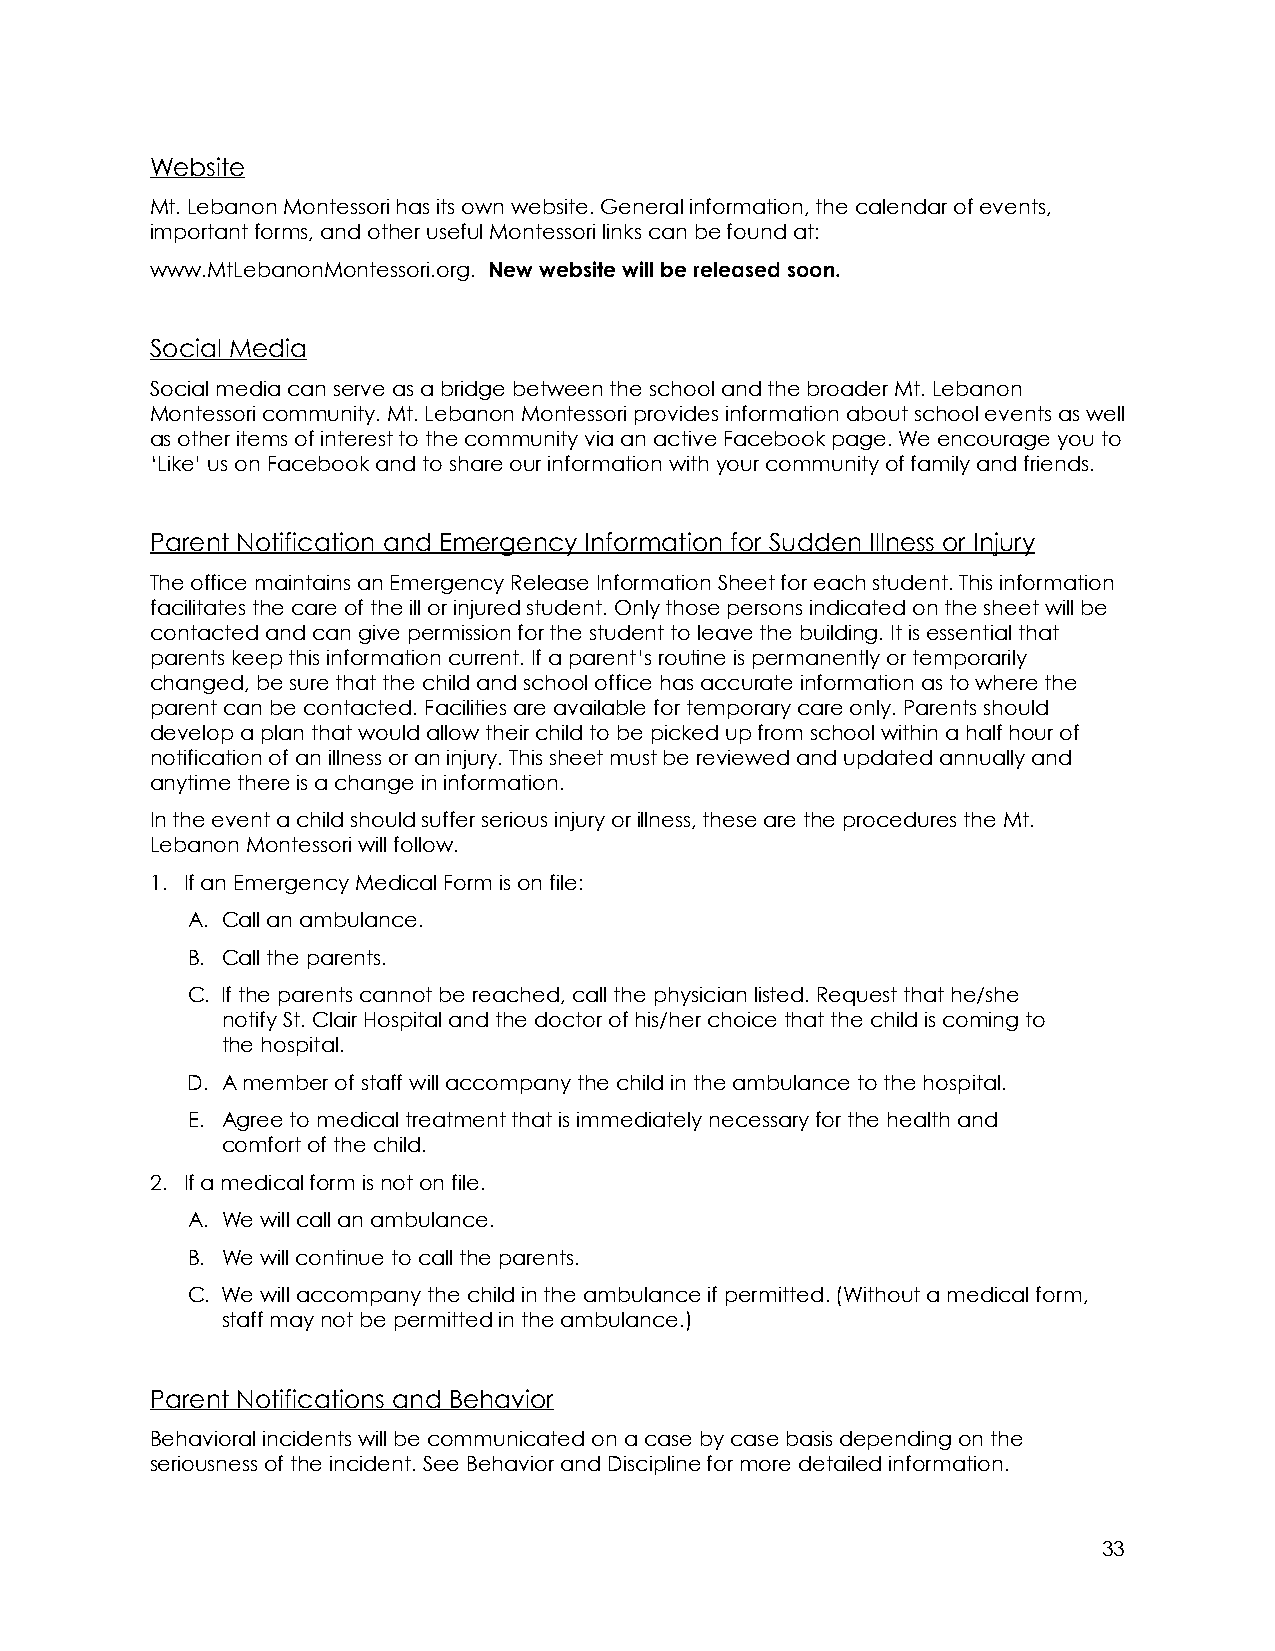
Website
 Mt. Lebanon Montessori has its own website. General information, the calendar of events,
 important forms, and other useful Montessori links can be found at:
 www.MtLebanonMontessori.org. New website will be released soon.
 Social Media
 Social media can serve as a bridge between the school and the broader Mt. Lebanon
 Montessori community. Mt. Lebanon Montessori provides information about school events as well
 as other items of interest to the community via an active Facebook page. We encourage you to
 ‘Like’ us on Facebook and to share our information with your community of family and friends.
 Parent Notification and Emergency Information for Sudden Illness or Injury
 The office maintains an Emergency Release Information Sheet for each student. This information
 facilitates the care of the ill or injured student. Only those persons indicated on the sheet will be
 contacted and can give permission for the student to leave the building. It is essential that
 parents keep this information current. If a parent’s routine is permanently or temporarily
 changed, be sure that the child and school office has accurate information as to where the
 parent can be contacted. Facilities are available for temporary care only. Parents should
 develop a plan that would allow their child to be picked up from school within a half hour of
 notification of an illness or an injury. This sheet must be reviewed and updated annually and
 anytime there is a change in information.
 In the event a child should suffer serious injury or illness, these are the procedures the Mt.
 Lebanon Montessori will follow.
 1. If an Emergency Medical Form is on file:
 A. Call an ambulance.
 B. Call the parents.
 C. If the parents cannot be reached, call the physician listed. Request that he/she
 notify St. Clair Hospital and the doctor of his/her choice that the child is coming to
 the hospital.
 D. A member of staff will accompany the child in the ambulance to the hospital.
 E. Agree to medical treatment that is immediately necessary for the health and
 comfort of the child.
 2. If a medical form is not on file.
 A. We will call an ambulance.
 B. We will continue to call the parents.
 C. We will accompany the child in the ambulance if permitted. (Without a medical form,
 staff may not be permitted in the ambulance.)
 Parent Notifications and Behavior
 Behavioral incidents will be communicated on a case by case basis depending on the
 seriousness of the incident. See Behavior and Discipline for more detailed information.
 33